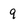
Character: 9